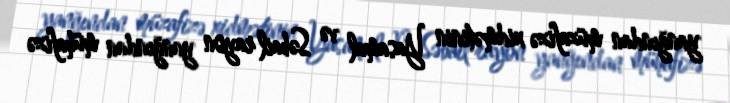
yanğından müzafizə xidmətinin Yasamal və Səbail rayon yanğından mühafizə